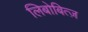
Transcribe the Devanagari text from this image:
लिबोबित्ज़